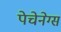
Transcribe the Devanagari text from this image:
पेचेनेग्स